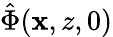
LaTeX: \hat{\Phi}(\mathbf{x},z,0)